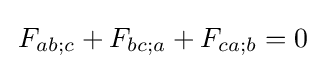
\,F_{ab;c}+F_{bc;a}+F_{ca;b}=0